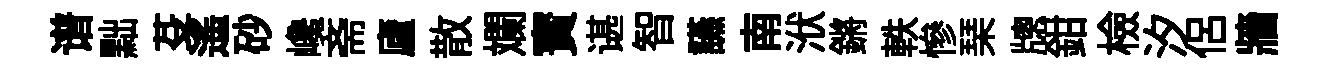
谱黜芟遙砂巉斋廬散斕寳谌智讌南洑鏘軼慘琹牕鉗檢汐侣牆